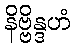
နိဗ္ဗိန္ဒဟံ